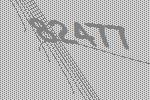
82477